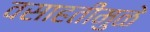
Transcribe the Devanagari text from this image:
वसाहतींमुळे